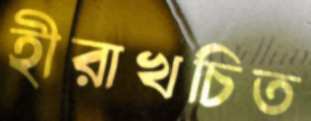
হীরাখচিত